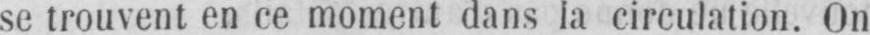
se trouvent en ce moment dans la circulation. On